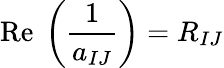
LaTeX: \mathrm{Re}\ \left({\frac{1}{a_{IJ}}}\right)=R_{IJ}